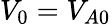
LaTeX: V_{0}=V_{A0}